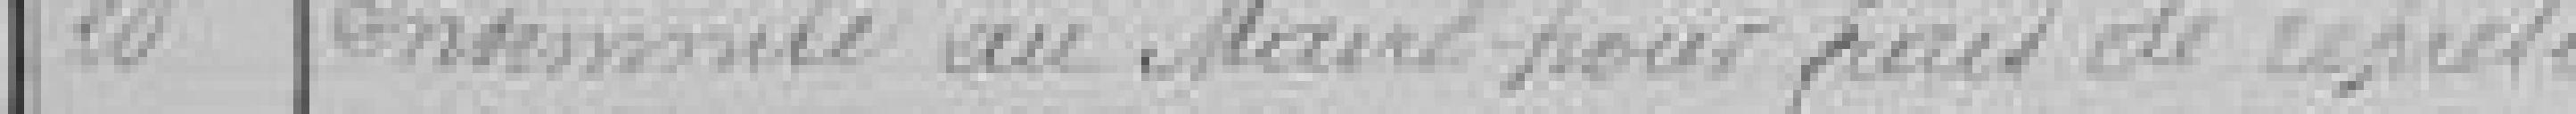
20 Indemnité au Maire pour frais de représen